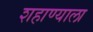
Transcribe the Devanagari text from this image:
शहाण्याला